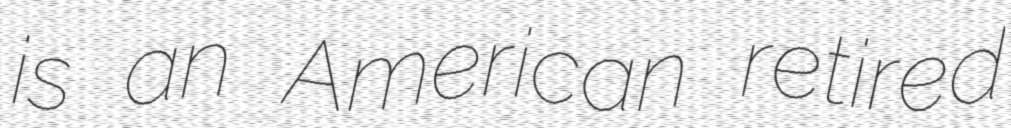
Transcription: is an American retired